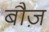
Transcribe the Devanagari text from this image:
बौज़